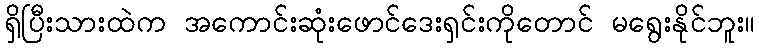
ရှိပြီးသားထဲက အကောင်းဆုံးဖောင်ဒေးရှင်းကိုတောင် မရွေးနိုင်ဘူး။